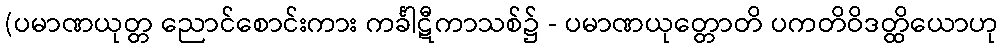
(ပမာဏယုတ္တ ညောင်စောင်းကား ကင်္ခါဋီကာသစ်၌ - ပမာဏယုတ္တောတိ ပကတိဝိဒတ္ထိယောဟု